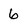
Character: 6